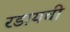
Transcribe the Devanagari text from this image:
रडायची